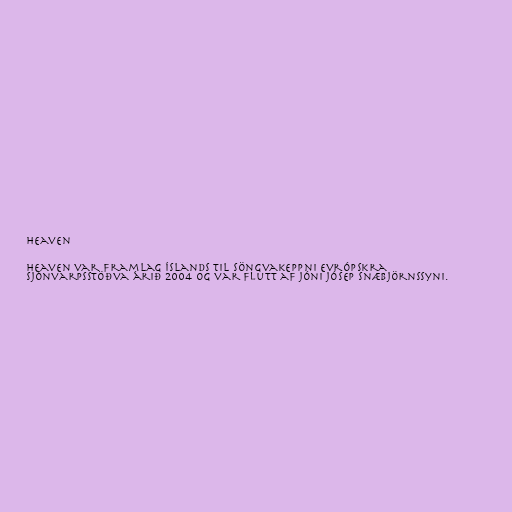
Heaven

Heaven var framlag Íslands til Söngvakeppni evrópskra
sjónvarpsstöðva árið 2004 og var flutt af Jóni Jósep Snæbjörnssyni.